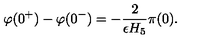
\varphi ( 0 ^ { + } ) - \varphi ( 0 ^ { - } ) = - { \frac { 2 } { \epsilon H _ { 5 } } } \pi ( 0 ) .